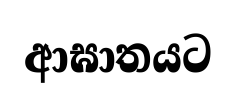
ආඝාතයට